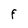
Character: F